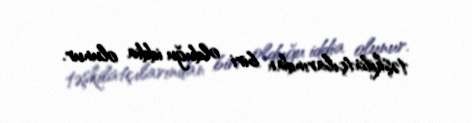
təşkilatçılarından biri olduğu iddia olunur.